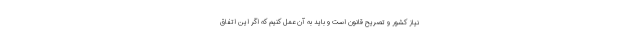
نیاز کشور و تصریح قانون است و باید به آن عمل کنیم که اگر این اتفاق